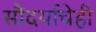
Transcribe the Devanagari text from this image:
सौंदर्याचेही